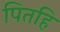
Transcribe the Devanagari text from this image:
पितहिं